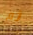
ثم